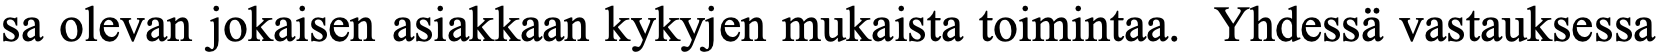
sa olevan jokaisen asiakkaan kykyjen mukaista toimintaa. Yhdessä vastauksessa